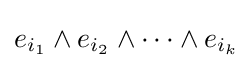
e_{i_{1}}\wedge e_{i_{2}}\wedge \cdots \wedge e_{i_{k}}